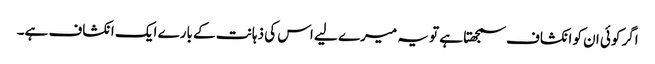
اگر کوئی ان کو انکشاف سمجھتا ہے تو یہ میرے لیے اس کی ذہانت کے بارے ایک انکشاف ہے۔